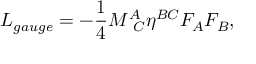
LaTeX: { \cal L } _ { g a u g e } = - { \frac { 1 } { 4 } } M _ { \ C } ^ { A } \eta ^ { B C } F _ { A } F _ { B } ,